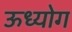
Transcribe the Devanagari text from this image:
ऊध्योग